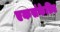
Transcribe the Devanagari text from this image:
एकसंकेतित